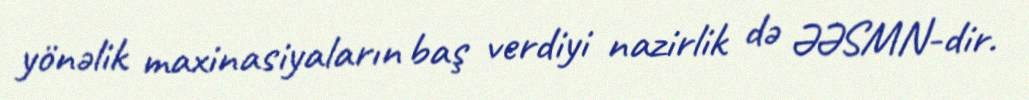
yönəlik maxinasiyaların baş verdiyi nazirlik də ƏƏSMN-dir.